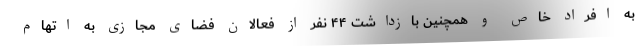
به افراد خاص و همچنین بازداشت ۴۴ نفر از فعالان فضای مجازی به اتهام